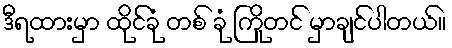
ဒီရထားမှာ ထိုင်ခုံ တစ် ခုံ ကြိုတင် မှာချင်ပါတယ်။